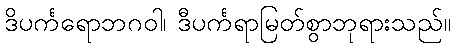
ဒိပင်္ကရောဘဂဝါ၊ ဒီပင်္ကရာမြတ်စွာဘုရားသည်။